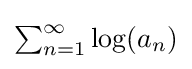
{\textstyle \sum _{n=1}^{\infty }\log(a_{n})}